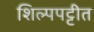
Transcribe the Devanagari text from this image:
शिल्पपट्टीत